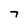
Character: 7